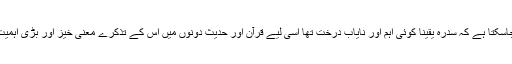
مختصراً یہ کہا جاسکتا ہے کہ سدرہ یقینا کوئی اہم اور نایاب درخت تھا اسی لیے قرآن اور حدیث دونوں میں اس کے تذکرے معنی خیز اور بڑی اہمیت کے حامل ہیں ۔